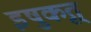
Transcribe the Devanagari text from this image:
इषुकृत्